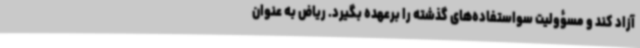
آزاد کند و مسؤولیت سواستفاده‌های گذشته را برعهده بگیرد. ریاض به عنوان